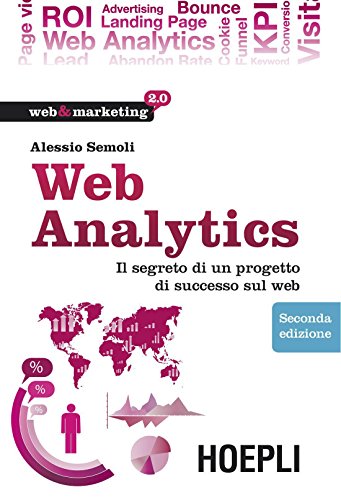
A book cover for Web Analytics: Il segreto di un progetto di successo sul web (Web & marketing 2.0) (Italian Edition); Alessio Semoli; Computers & Technology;